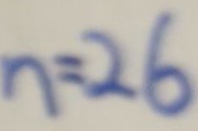
n = 2 6